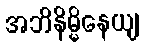
အဘိနိမ္မိနေယျ